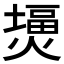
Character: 𤎪